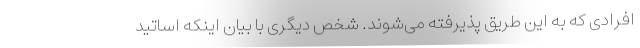
افرادی که به این طریق پذیرفته می‌شوند. شخص دیگری با بیان اینکه اساتید